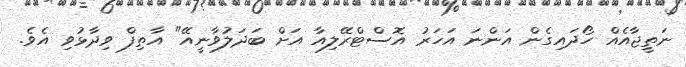
ނަތީޖާއެއް ހޯދައިގެން އަންނަ އަހަރު އޮސްޓްރޭލިއާ އަށް ބަދަލުވާނީއޭ" އާތިފް ވިދާޅުވި އެވެ.